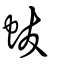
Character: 蛂